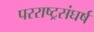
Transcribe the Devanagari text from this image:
परराष्ट्रसंघर्ष